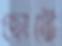
ছোটে